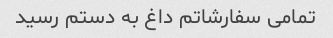
تمامی سفارشاتم داغ به دستم رسید